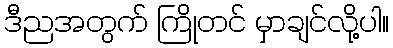
ဒီညအတွက် ကြိုတင် မှာချင်လို့ပါ။